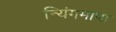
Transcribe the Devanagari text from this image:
न्यिंगमापा